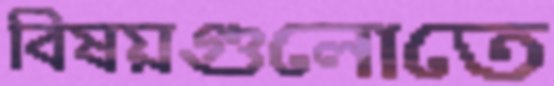
বিষয়গুলোতে